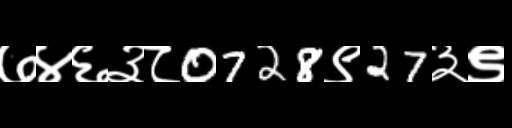
Text: ७४६३८0728९27३९